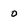
Character: o